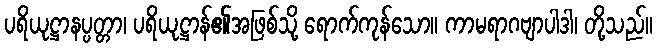
ပရိယုဋ္ဌာနပ္ပတ္တာ၊ ပရိယုဋ္ဌာန်၏အဖြစ်သို့ ရောက်ကုန်သော။ ကာမရာဂဗျာပါဒါ၊ တို့သည်။